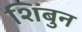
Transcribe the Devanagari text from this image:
शिंबुन